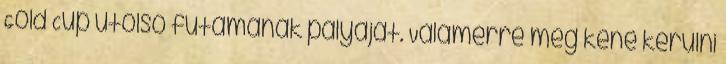
Gold Cup utolsó futamának pályáját. Valamerre meg kéne kerülni